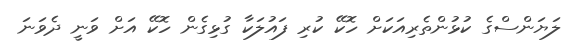
ލަޔަންސްގެ ކުޅުންތެރިއަކަށް ހޮކޭ ކުރި ފައުލަކާ ގުޅިގެން ހޮކޭ އަށް ވަނީ ދެވަނަ